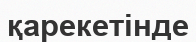
қарекетінде